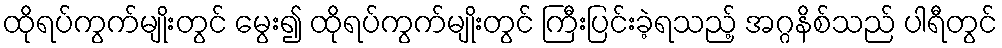
ထိုရပ်ကွက်မျိုးတွင် မွေး၍ ထိုရပ်ကွက်မျိုးတွင် ကြီးပြင်းခဲ့ရသည့် အဂ္ဂနိစ်သည် ပါရီတွင်